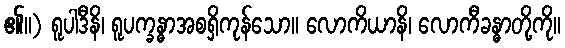
၏။) ရူပါဒီနိ၊ ရူပက္ခန္ဓာအစရှိကုန်သော။ လောကိယာနိ၊ လောကီခန္ဓာတို့ကို။